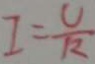
I = \frac { U } { R }